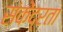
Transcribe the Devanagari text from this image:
संकेंद्रता